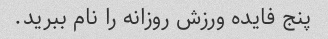
پنج فایده ورزش روزانه را نام ببرید.